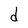
Character: d